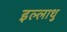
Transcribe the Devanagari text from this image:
इल्लाथु